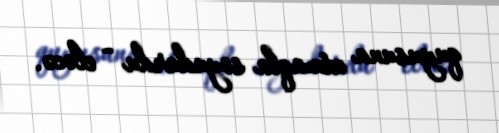
quyusuna atmaqla soyudurdu - eləcə.